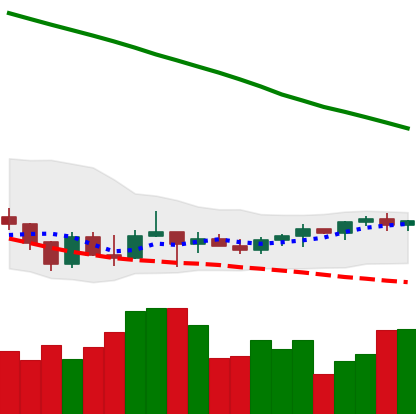
Ticker: TRX-USD
Chart end date: 2022-03-21
Forward return: 7.089%
Label: up_7plus